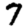
Digit: 7